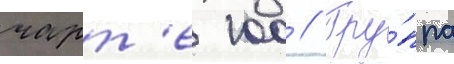
чарт'е 100 // Гру́ппа